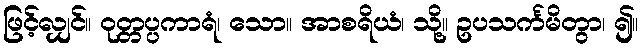
ဖြင့်လျှင်။ ဝုတ္တပ္ပကာရံ၊ သော။ အာစရိယံ၊ သို့။ ဥပသင်္ကမိတွာ၊ ၍။